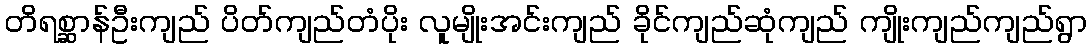
တိရစ္ဆာန်ဦးကျည် ပိတ်ကျည်တံပိုး လူမျိုးအင်းကျည် ခိုင်ကျည်ဆုံကျည် ကျိုးကျည်ကျည်ရွာ